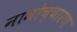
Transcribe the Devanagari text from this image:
नामोच्चारण